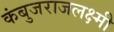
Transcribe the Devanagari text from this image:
कंबुजराजलक्ष्मी